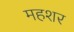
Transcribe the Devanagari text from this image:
महशर